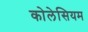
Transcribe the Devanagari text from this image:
कोलेसियम